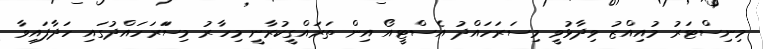
މިނިސްޓަރު މުއިއްޒު ވިދާޅުވީ މިސަރަހައްދު އެސްޓީއޯ އިން ތަރައްގީކުރާނީ މިހާރު މިސަަރަހައްދުގައި ހަދާފައިވާ